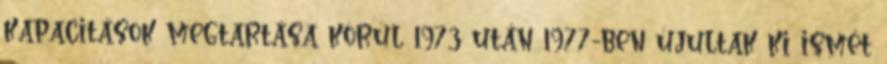
kapacitások megtartása körül 1973 után 1977-ben újultak ki ismét